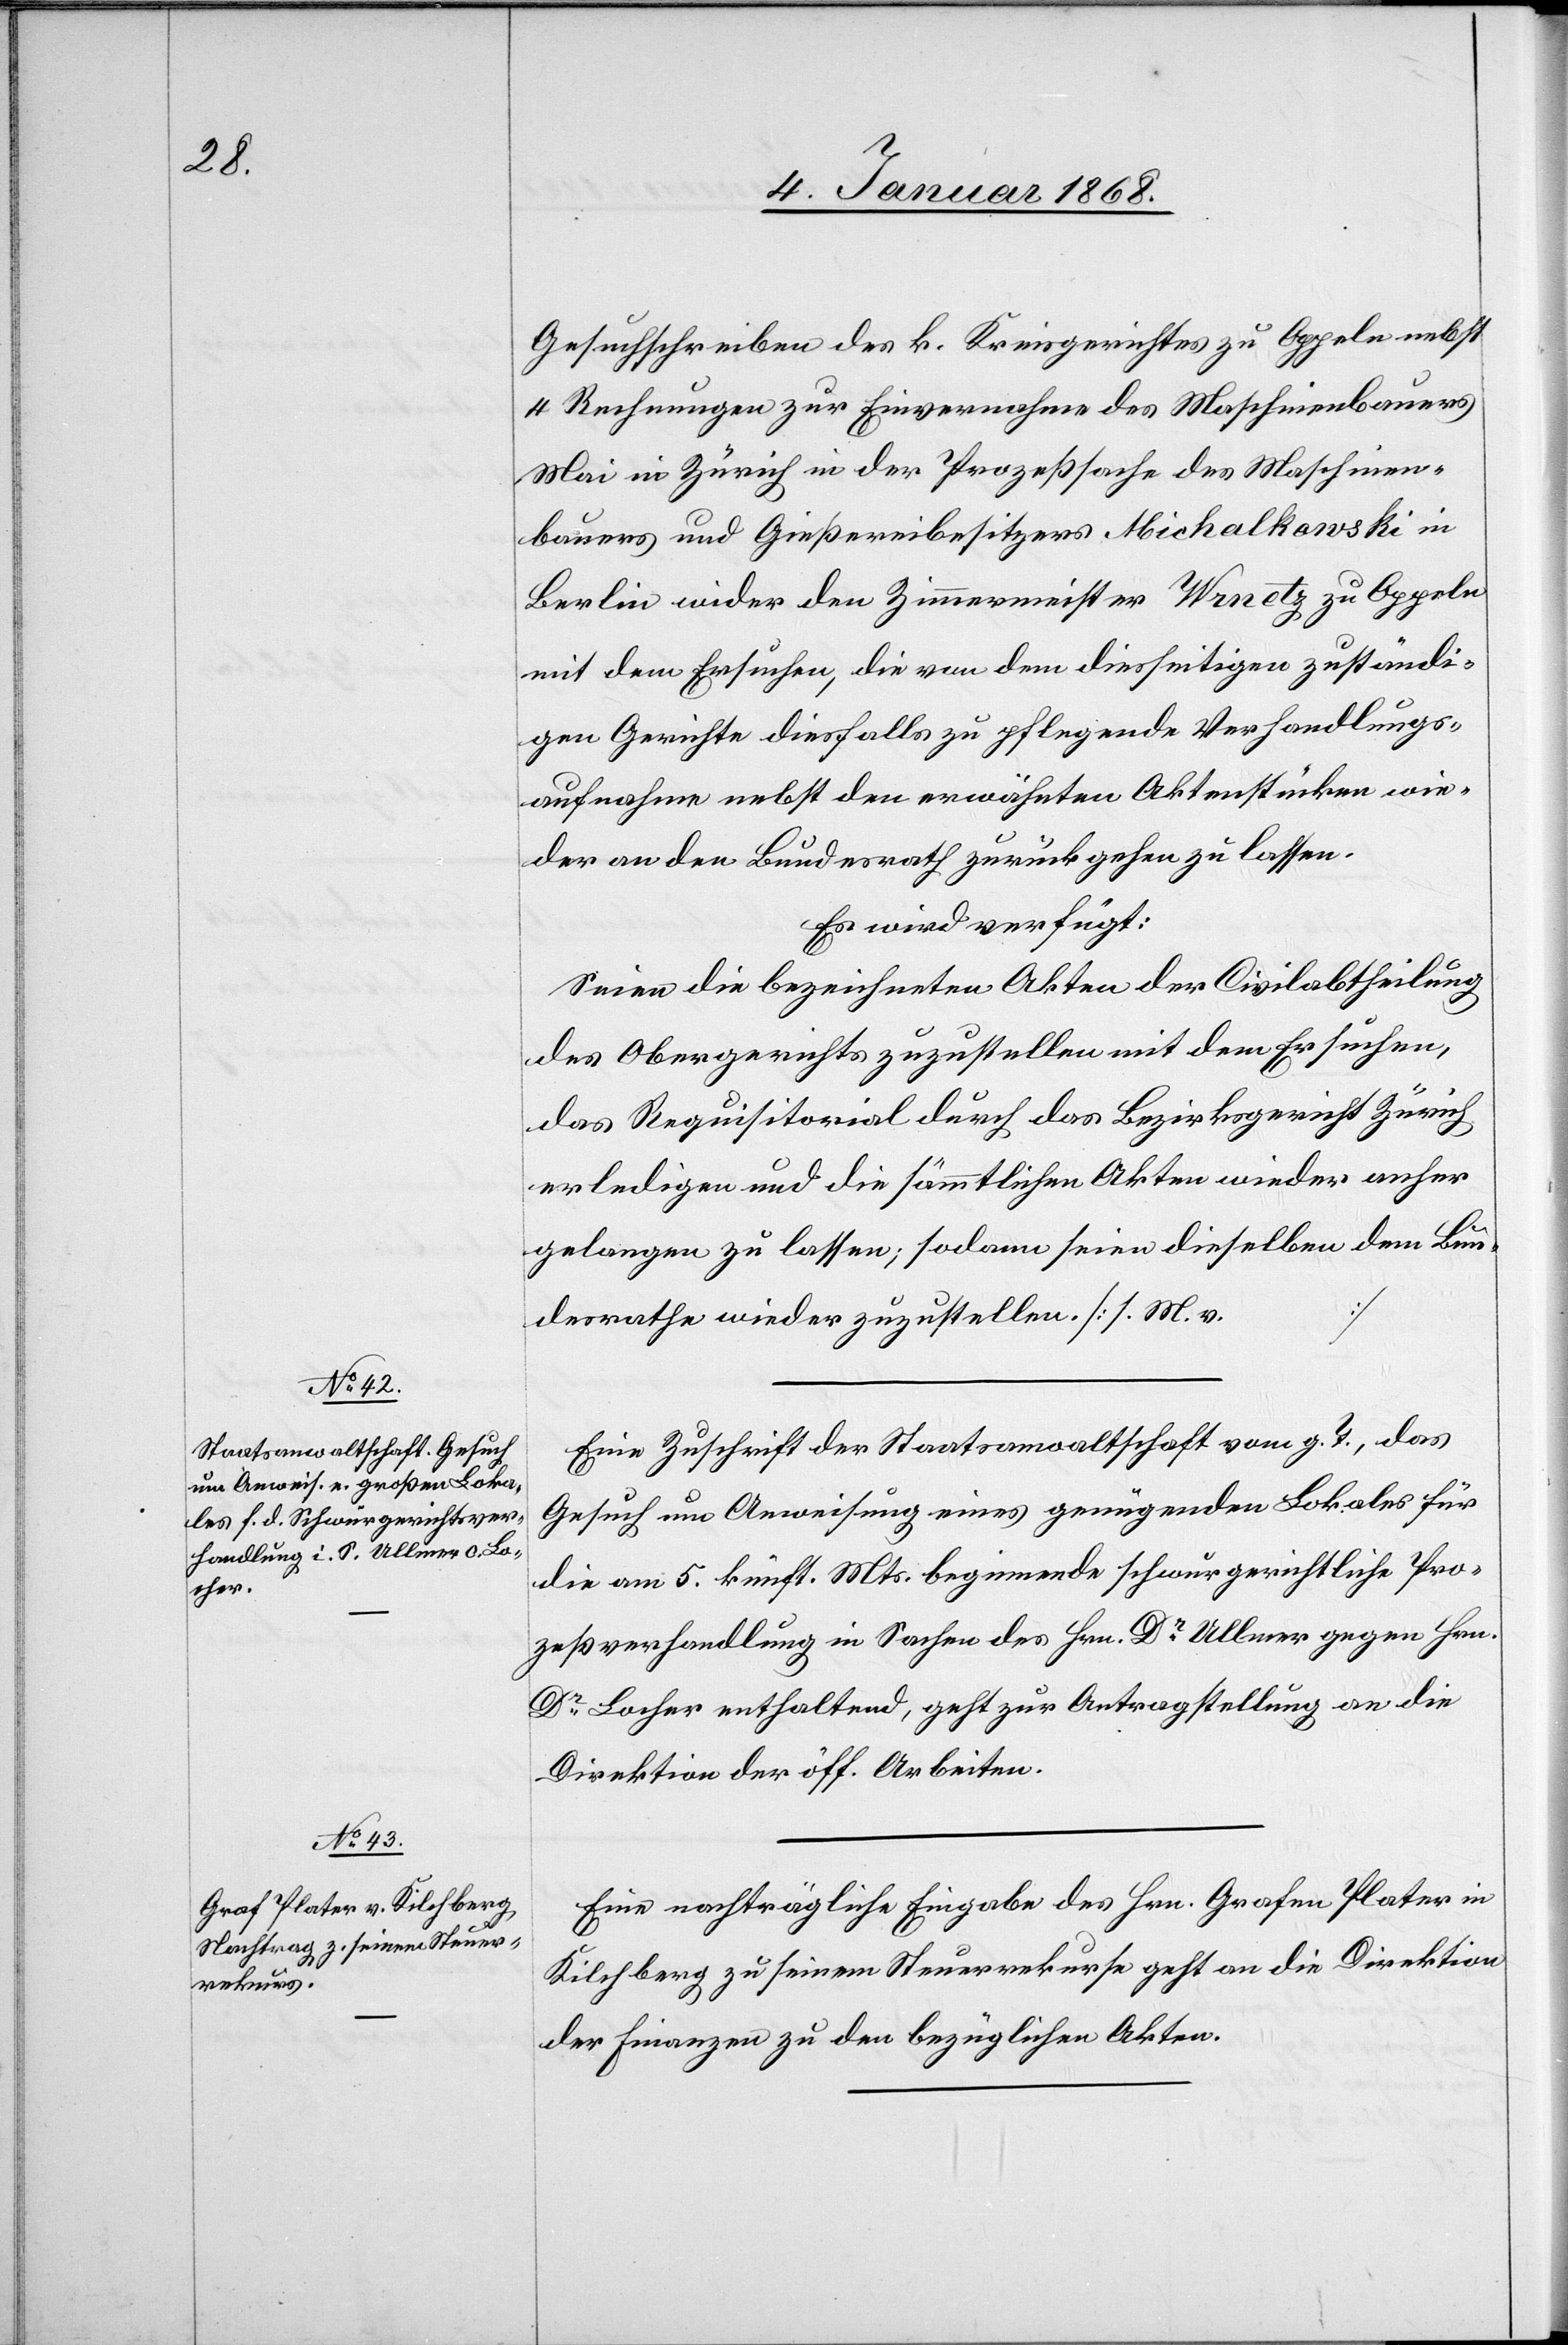
9. Januar 1868.]
Gesuchschreiben des k. Kreisgerichtes zu Oppeln nebst
4 Rechnungen zur Einvernahme des Maschinenbauers
Mai in Zürich in der Prozeßsache des Maschinen¬
bauers und Gießereibesitzers Michalkowski in
Berlin wider den Zimmermeister Wrnetz zu Oppeln
mit dem Ersuchen, die von dem diesseitigen zuständi¬
gen Gerichte diesfalls zu pflegende Verhandlungs¬
aufnahme nebst den erwähnten Aktenstücken wie¬
der an den Bundesrath zurückgehen zu lassen.
Es wird verfügt:
Seien die bezeichneten Akten der Civilabtheilung
des Obergerichts zuzustellen mit dem Ersuchen,
das Requisitorial durch das Bezirksgericht Zürich
erledigen und die sämmtlichen Akten wieder anher
gelangen zu lassen; sodann seien dieselben dem Bun¬
…
desrathe wieder zuzustellen [s. M. v.
Eine Zuschrift der Staatsanwaltschaft vom g. T., das
Gesuch um Anweisung eines genügenden Lokales für
die am 5. künft. Mts. beginnende schwurgerichtliche Pro¬
zeßverhandlung in Sachen des Hrn. Dr. Ullmer gegen Hrn.
Dr. Locher enthaltend, geht zur Antragstellung an die
Direktion der öff. Arbeiten.
Eine nachträgliche Eingabe des Hrn. Grafen Plater in
Kilchberg zu seinem Steuerrekurse geht an die Direktion
der Finanzen zu den bezüglichen Akten.